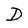
Character: D